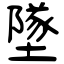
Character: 墜